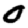
Digit: 0